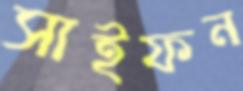
সাইফন